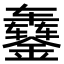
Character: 𬬇